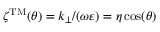
\zeta ^ { \mathrm { T M } } ( \theta ) = k _ { \perp } / ( \omega \varepsilon ) = \eta \cos ( \theta )